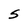
Character: S